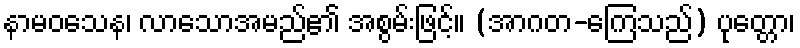
နာမဝသေန၊ လာသောအမည်၏ အစွမ်းဖြင့်။ (အာဂတ-ကြေသည်) ပုတ္တော၊